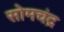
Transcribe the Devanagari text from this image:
सोमचंद्र